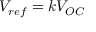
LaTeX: V _ { r e f } = k V _ { O C }